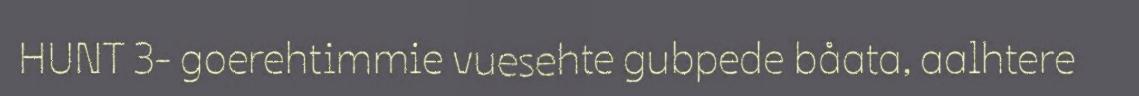
HUNT 3- goerehtimmie vuesehte gubpede båata, aalhtere